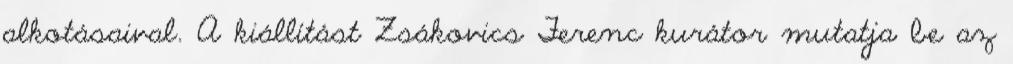
alkotásaival. A kiállítást Zsákovics Ferenc kurátor mutatja be az